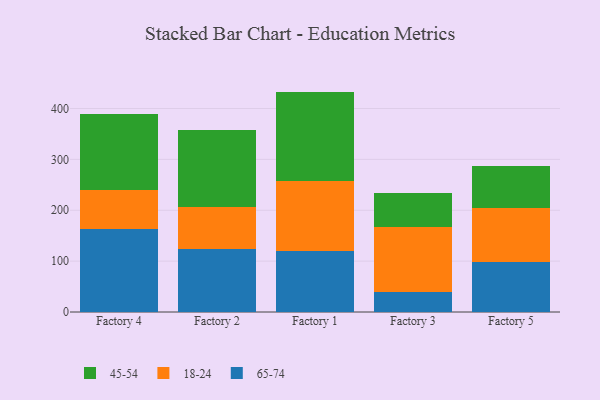
{"axis": {"x": "Factory", "y": "Budget (USD K)"}, "legend": ["18-24", "45-54", "65-74"], "data": [{"x": "Factory 4", "y": 163.1, "type": "65-74"}, {"x": "Factory 4", "y": 75.8, "type": "18-24"}, {"x": "Factory 4", "y": 149.3, "type": "45-54"}, {"x": "Factory 2", "y": 123.5, "type": "65-74"}, {"x": "Factory 2", "y": 82.8, "type": "18-24"}, {"x": "Factory 2", "y": 151.6, "type": "45-54"}, {"x": "Factory 1", "y": 119.4, "type": "65-74"}, {"x": "Factory 1", "y": 138.1, "type": "18-24"}, {"x": "Factory 1", "y": 175.7, "type": "45-54"}, {"x": "Factory 3", "y": 39.2, "type": "65-74"}, {"x": "Factory 3", "y": 128.5, "type": "18-24"}, {"x": "Factory 3", "y": 66.5, "type": "45-54"}, {"x": "Factory 5", "y": 97.4, "type": "65-74"}, {"x": "Factory 5", "y": 107.1, "type": "18-24"}, {"x": "Factory 5", "y": 81.8, "type": "45-54"}]}